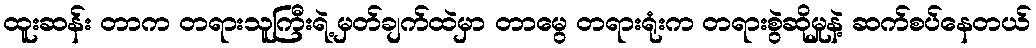
ထူးဆန်း တာက တရားသူကြီးရဲ့ မှတ်ချက်ထဲမှာ တာမွေ တရားရုံးက တရားစွဲဆိုမှုနဲ့ ဆက်စပ်နေတယ်